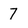
Character: 7